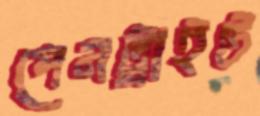
পেনট্রাইট